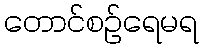
တောင်စဉ်ရေမရ